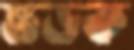
ভড়ক